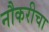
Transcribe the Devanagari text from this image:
नौकरीचा